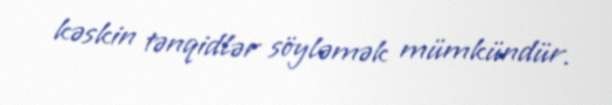
kəskin tənqidlər söyləmək mümkündür.